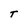
Character: T